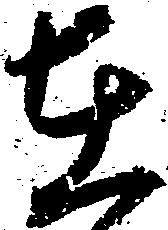
在